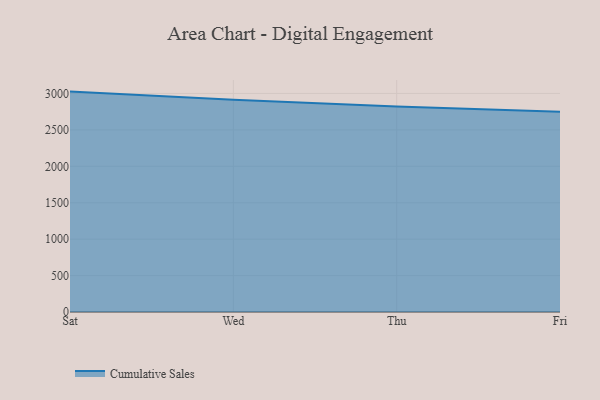
{"axis": {"x": "Day", "y": "Gross Profit (USD K)"}, "legend": ["Cumulative Sales"], "data": [{"x": "Sat", "y": 3025.4, "type": "Cumulative Sales"}, {"x": "Wed", "y": 2913.6, "type": "Cumulative Sales"}, {"x": "Thu", "y": 2819.3, "type": "Cumulative Sales"}, {"x": "Fri", "y": 2749.0, "type": "Cumulative Sales"}]}